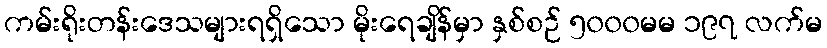
ကမ်းရိုးတန်းဒေသများရရှိသော မိုးရေချိန်မှာ နှစ်စဉ် ၅၀၀၀မမ ၁၉၇ လက်မ